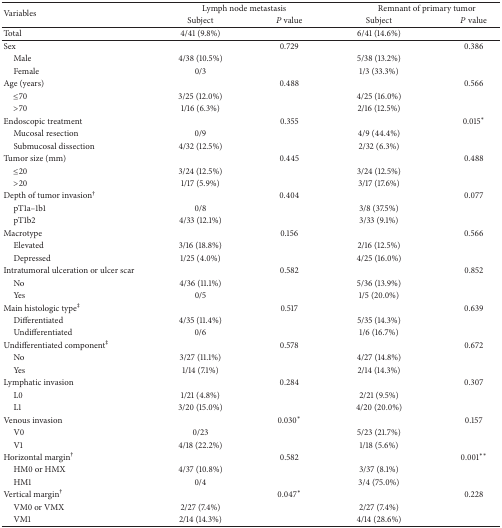
<table><thead><tr><td rowspan="2"><b>Variables</b></td><td colspan="2"><b>Lymph node metastasis</b></td><td colspan="2"><b>Remnant of primary tumor</b></td></tr><tr><td><b>Subject</b></td><td><b><i>P</i> value</b></td><td><b>Subject</b></td><td><b><i>P</i> value</b></td></tr></thead><tbody><tr><td>Total</td><td>4/41 (9.8%)</td><td> </td><td>6/41 (14.6%)</td><td> </td></tr><tr><td>Sex</td><td> </td><td>0.729</td><td> </td><td>0.386</td></tr><tr><td> Male</td><td>4/38 (10.5%)</td><td> </td><td>5/38 (13.2%)</td><td> </td></tr><tr><td> Female</td><td>0/3</td><td> </td><td>1/3 (33.3%)</td><td> </td></tr><tr><td>Age (years)</td><td> </td><td>0.488</td><td> </td><td>0.566</td></tr><tr><td> ≤70</td><td>3/25 (12.0%)</td><td> </td><td>4/25 (16.0%)</td><td> </td></tr><tr><td> &gt;70</td><td>1/16 (6.3%)</td><td> </td><td>2/16 (12.5%)</td><td> </td></tr><tr><td>Endoscopic treatment</td><td> </td><td>0.355</td><td> </td><td>0.015*</td></tr><tr><td> Mucosal resection</td><td>0/9</td><td> </td><td>4/9 (44.4%)</td><td> </td></tr><tr><td> Submucosal dissection</td><td>4/32 (12.5%)</td><td> </td><td>2/32 (6.3%)</td><td> </td></tr><tr><td>Tumor size (mm)</td><td> </td><td>0.445</td><td> </td><td>0.488</td></tr><tr><td> ≤20</td><td>3/24 (12.5%)</td><td> </td><td>3/24 (12.5%)</td><td> </td></tr><tr><td> &gt;20</td><td>1/17 (5.9%)</td><td> </td><td>3/17 (17.6%)</td><td> </td></tr><tr><td>Depth of tumor invasion<sup>†</sup></td><td> </td><td>0.404</td><td> </td><td>0.077</td></tr><tr><td> pT1a–1b1</td><td>0/8</td><td> </td><td>3/8 (37.5%)</td><td> </td></tr><tr><td> pT1b2</td><td>4/33 (12.1%)</td><td> </td><td>3/33 (9.1%)</td><td> </td></tr><tr><td>Macrotype</td><td> </td><td>0.156</td><td> </td><td>0.566</td></tr><tr><td> Elevated</td><td>3/16 (18.8%)</td><td> </td><td>2/16 (12.5%)</td><td> </td></tr><tr><td> Depressed</td><td>1/25 (4.0%)</td><td> </td><td>4/25 (16.0%)</td><td> </td></tr><tr><td>Intratumoral ulceration or ulcer scar</td><td> </td><td>0.582</td><td> </td><td>0.852</td></tr><tr><td> No</td><td>4/36 (11.1%)</td><td> </td><td>5/36 (13.9%)</td><td> </td></tr><tr><td> Yes</td><td>0/5</td><td> </td><td>1/5 (20.0%)</td><td> </td></tr><tr><td>Main histologic type<sup>‡</sup></td><td> </td><td>0.517</td><td> </td><td>0.639</td></tr><tr><td> Differentiated</td><td>4/35 (11.4%)</td><td> </td><td>5/35 (14.3%)</td><td> </td></tr><tr><td> Undifferentiated</td><td>0/6</td><td> </td><td>1/6 (16.7%)</td><td> </td></tr><tr><td>Undifferentiated component<sup>‡</sup></td><td> </td><td>0.578</td><td> </td><td>0.672</td></tr><tr><td> No</td><td>3/27 (11.1%)</td><td> </td><td>4/27 (14.8%)</td><td> </td></tr><tr><td> Yes</td><td>1/14 (7.1%)</td><td> </td><td>2/14 (14.3%)</td><td> </td></tr><tr><td>Lymphatic invasion</td><td> </td><td>0.284</td><td> </td><td>0.307</td></tr><tr><td> L0</td><td>1/21 (4.8%)</td><td> </td><td>2/21 (9.5%)</td><td> </td></tr><tr><td> L1</td><td>3/20 (15.0%)</td><td> </td><td>4/20 (20.0%)</td><td> </td></tr><tr><td>Venous invasion</td><td> </td><td>0.030*</td><td> </td><td>0.157</td></tr><tr><td> V0</td><td>0/23</td><td> </td><td>5/23 (21.7%)</td><td> </td></tr><tr><td> V1</td><td>4/18 (22.2%)</td><td> </td><td>1/18 (5.6%)</td><td> </td></tr><tr><td>Horizontal margin<sup>†</sup></td><td> </td><td>0.582</td><td> </td><td>0.001**</td></tr><tr><td> HM0 or HMX</td><td>4/37 (10.8%)</td><td> </td><td>3/37 (8.1%)</td><td> </td></tr><tr><td> HM1</td><td>0/4</td><td> </td><td>3/4 (75.0%)</td><td> </td></tr><tr><td>Vertical margin<sup>†</sup></td><td> </td><td>0.047*</td><td> </td><td>0.228</td></tr><tr><td> VM0 or VMX</td><td>2/27 (7.4%)</td><td> </td><td>2/27 (7.4%)</td><td> </td></tr><tr><td> VM1</td><td>2/14 (14.3%)</td><td> </td><td>4/14 (28.6%)</td><td> </td></tr></tbody></table>